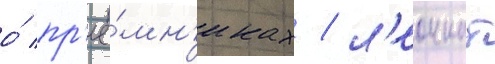
о́ пр'ее́мн'иках / л'еоннат